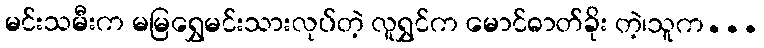
မင်းသမီးက မမြရွှေမင်းသားလုပ်တဲ့ လူရွှင်က မောင်ဓာတ်ခိုး တဲ့၊သူက...